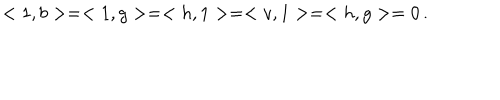
LaTeX: < 1 , b > = < 1 , g > = < h , 1 > = < v , 1 > = < h , g > = 0 \, .